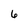
Character: 6